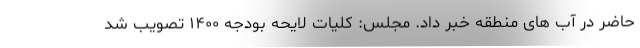
حاضر در آب های منطقه خبر داد. مجلس: کلیات لایحه بودجه ١۴٠٠ تصویب شد